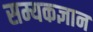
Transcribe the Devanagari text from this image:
सम्यकज्ञान